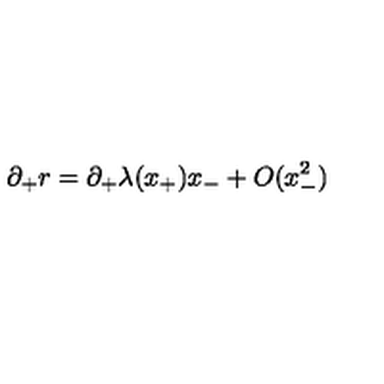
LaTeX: \partial _ { + } r = \partial _ { + } \lambda ( x _ { + } ) x _ { - } + O ( x _ { - } ^ { 2 } )